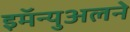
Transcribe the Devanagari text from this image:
इमॅन्युअलने